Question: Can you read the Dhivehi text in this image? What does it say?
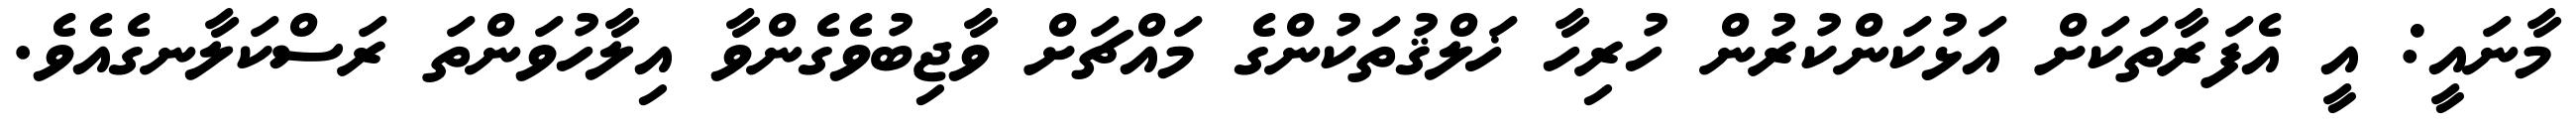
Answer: މާނައީ: އީ އެފަރާތަކަށް އަޅުކަންކުރުން ހުރިހާ ޚަލްޤުތަކުންގެ މައްޗަށް ވާޖިބުވެގެންވާ އިލާހުވަންތަ ރަސްކަލާނގެއެވެ.